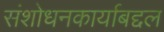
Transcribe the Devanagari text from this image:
संशोधनकार्याबद्दल